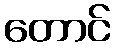
တောင်